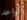
أواعد